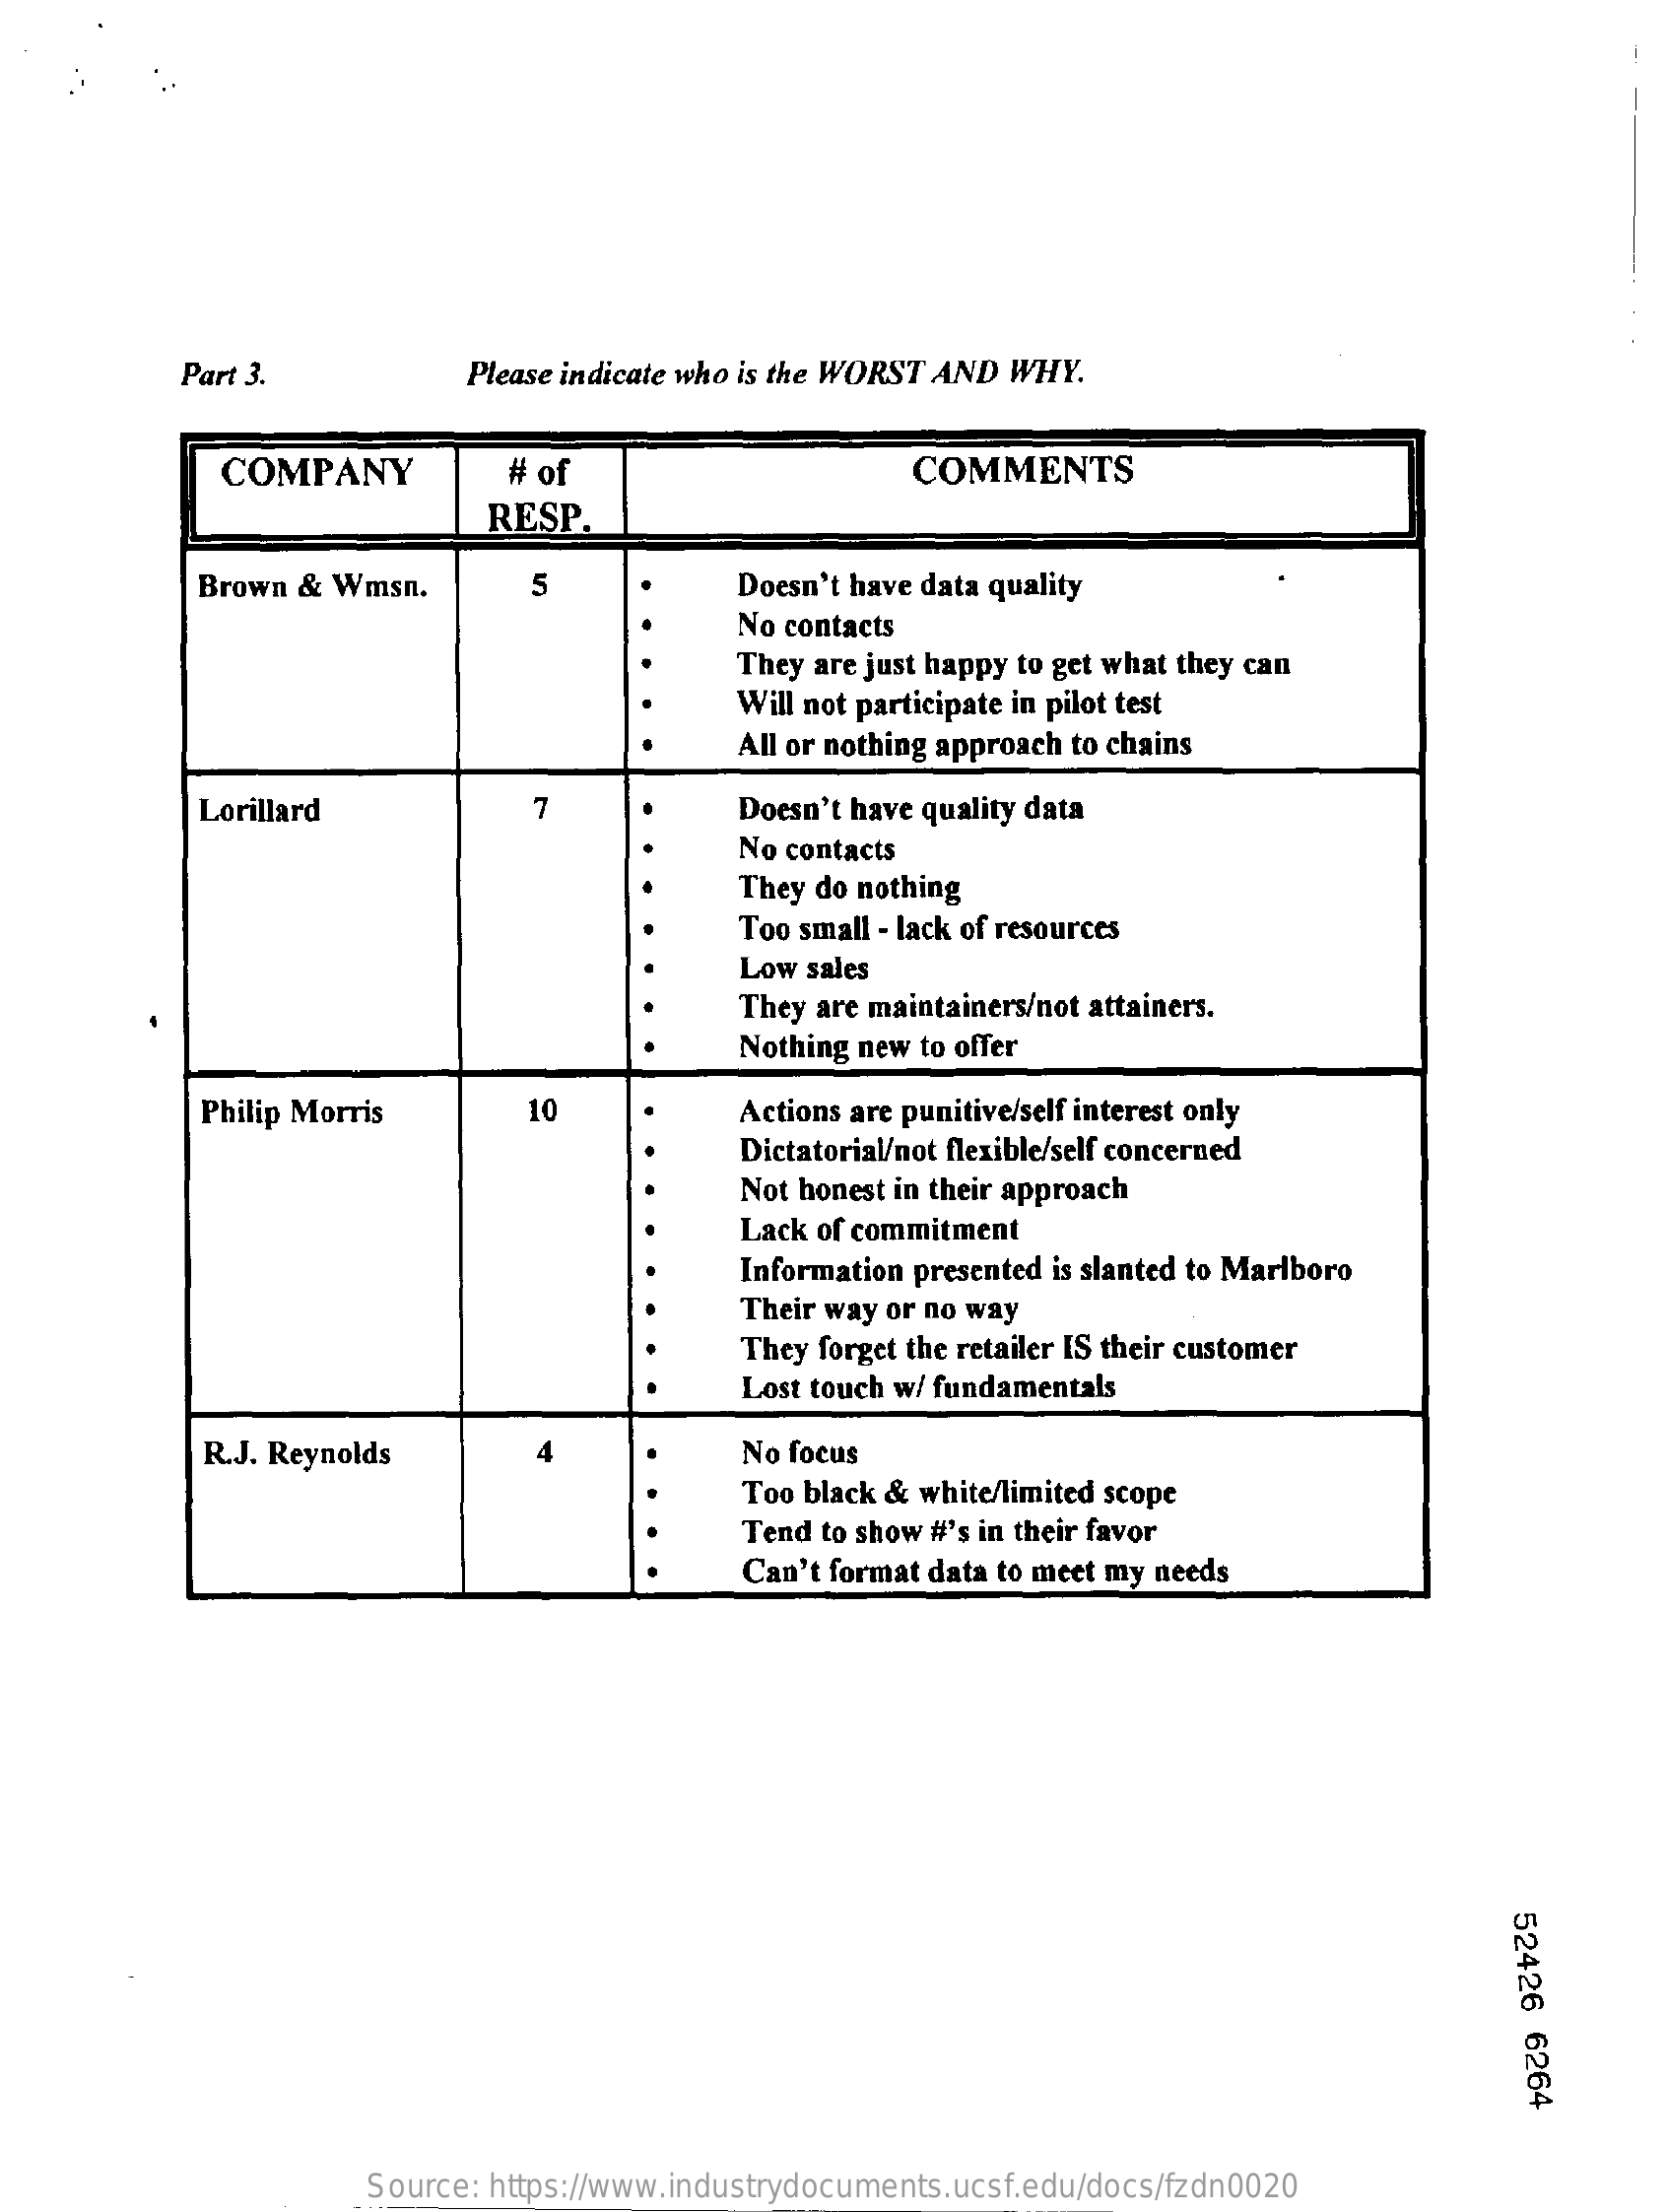
Part 3.    Please indicate who is the WORST AND WHY.
     COMPANY    # of    COMMENTS
     RESP.
     Brown & Wmsn.    5    Doesn't have data quality
     No contacts
     They are just happy to get what they can
     Will not participate in pilot test
     All or nothing approach to chains
     Lorillard    7    Doesn't have quality data
     No contacts
     They do nothing
     Too small - lack of resources
     Low sales
     They are maintainers/not attainers.
     Nothing new to offer
     Philip Morris    10    Actions are punitive/self interest only
     Dictatorial/not flexible/self concerned
     Not honest in their approach
     Lack of commitment
     Information presented is slanted to Marlboro
     Their way or no way
     They forget the retailer IS their customer
     Lost touch w/ fundamentals
     R.J. Reynolds    4    No focus
     Too black & white/limited scope
     Tend to show #'s in their favor
     Can't format data to meet my needs
     52426
     6264
     Source: https://www.industrydocuments.ucsf.edu/docs/fzdn0020